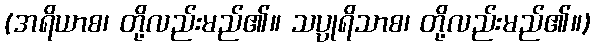
(အရိယာစ၊ တို့လည်းမည်၏။ သပ္ပုရိသာစ၊ တို့လည်းမည်၏။)